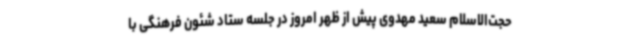
حجت‌الاسلام سعید مهدوی پیش از ظهر امروز در جلسه ستاد شئون فرهنگی با